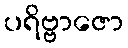
ပရိဗ္ဗာဇော